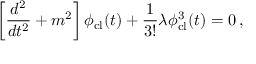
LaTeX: \left[ { \frac { d ^ { 2 } } { d t ^ { 2 } } } + m ^ { 2 } \right] \phi _ { \mathrm { c l } } ( t ) + { \frac { 1 } { 3 ! } } \lambda \phi _ { \mathrm { c l } } ^ { 3 } ( t ) = 0 \, ,